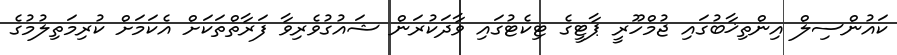
ކައުންސިލް އިންތިޚާބުގައި ޖުމްހޫރީ ޕާޓީގެ ޓިކެޓުގައި ވާދަކުރަން ޝައުގުވެރިވާ ފަރާތްތަކަށް އެކަމަށް ކުރިމަތިލުމުގެ